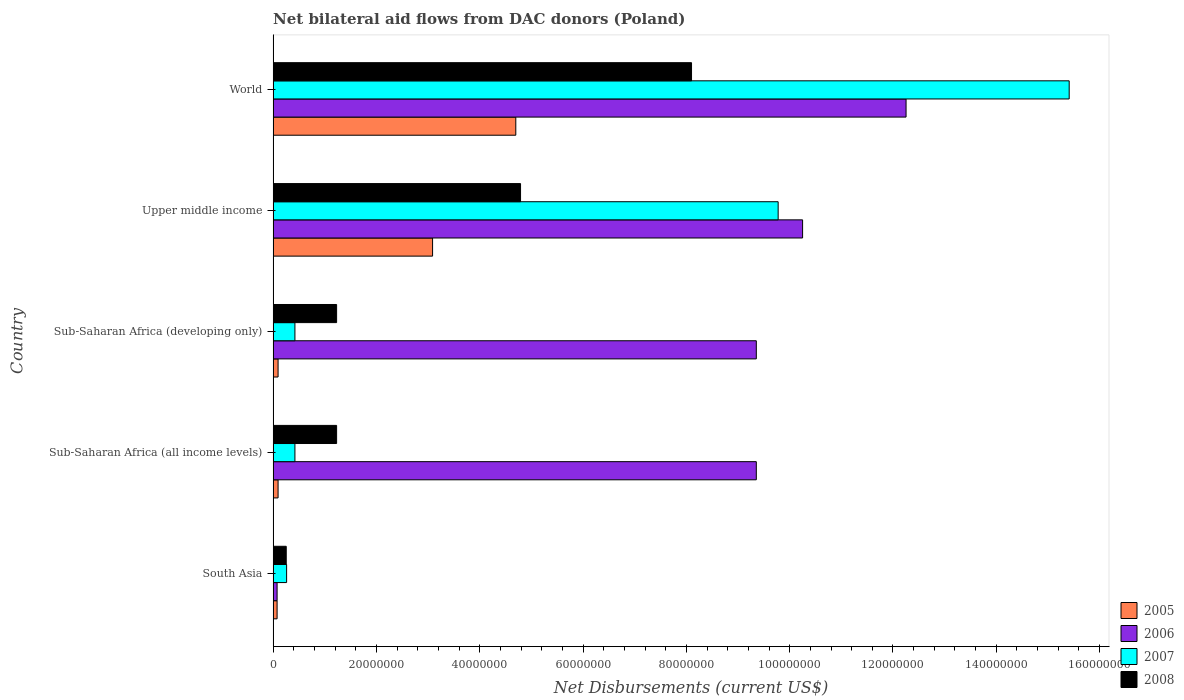
| Country | 2005 | 2006 | 2007 | 2008 |
 | --- | --- | --- | --- | --- |
 | South Asia | 7.7e+05 | 7.7e+05 | 2.61e+06 | 2.54e+06 |
 | Sub-Saharan Africa (all income levels) | 9.6e+05 | 9.35e+07 | 4.22e+06 | 1.23e+07 |
 | Sub-Saharan Africa (developing only) | 9.6e+05 | 9.35e+07 | 4.22e+06 | 1.23e+07 |
 | Upper middle income | 3.09e+07 | 1.02e+08 | 9.78e+07 | 4.79e+07 |
 | World | 4.7e+07 | 1.23e+08 | 1.54e+08 | 8.1e+07 |